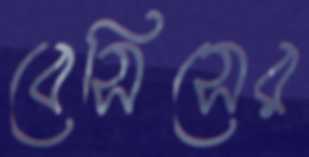
বেসিসের